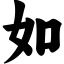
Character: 如